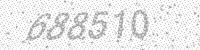
Solution: 688510